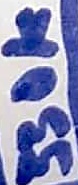
Text: 330K